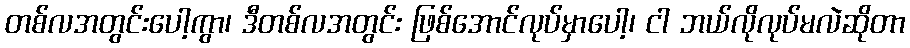
တစ်လအတွင်းပေါ့ကွာ၊ ဒီတစ်လအတွင်း ဖြစ်အောင်လုပ်မှာပေါ့၊ ငါ ဘယ်လိုလုပ်မလဲဆိုတာ